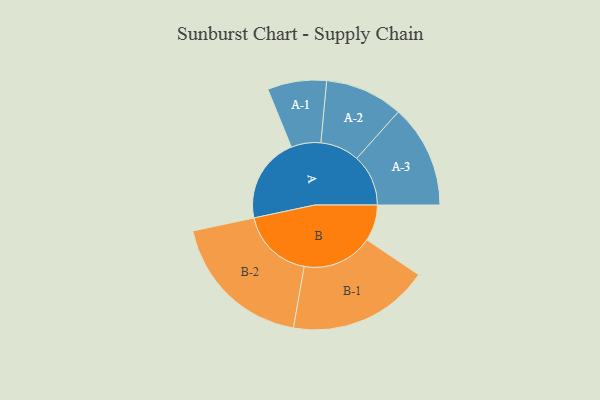
{"axis": {"x": "Segment", "y": "Value"}, "legend": ["", "A", "B"], "data": [{"x": "A", "y": 313, "type": ""}, {"x": "B", "y": 133, "type": ""}, {"x": "A-1", "y": 108, "type": "A"}, {"x": "A-2", "y": 143, "type": "A"}, {"x": "A-3", "y": 189, "type": "A"}, {"x": "B-1", "y": 259, "type": "B"}, {"x": "B-2", "y": 267, "type": "B"}]}